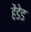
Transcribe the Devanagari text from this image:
हेंडेड